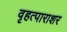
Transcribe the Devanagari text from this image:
वृहत्पाराशर